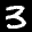
Label: 3